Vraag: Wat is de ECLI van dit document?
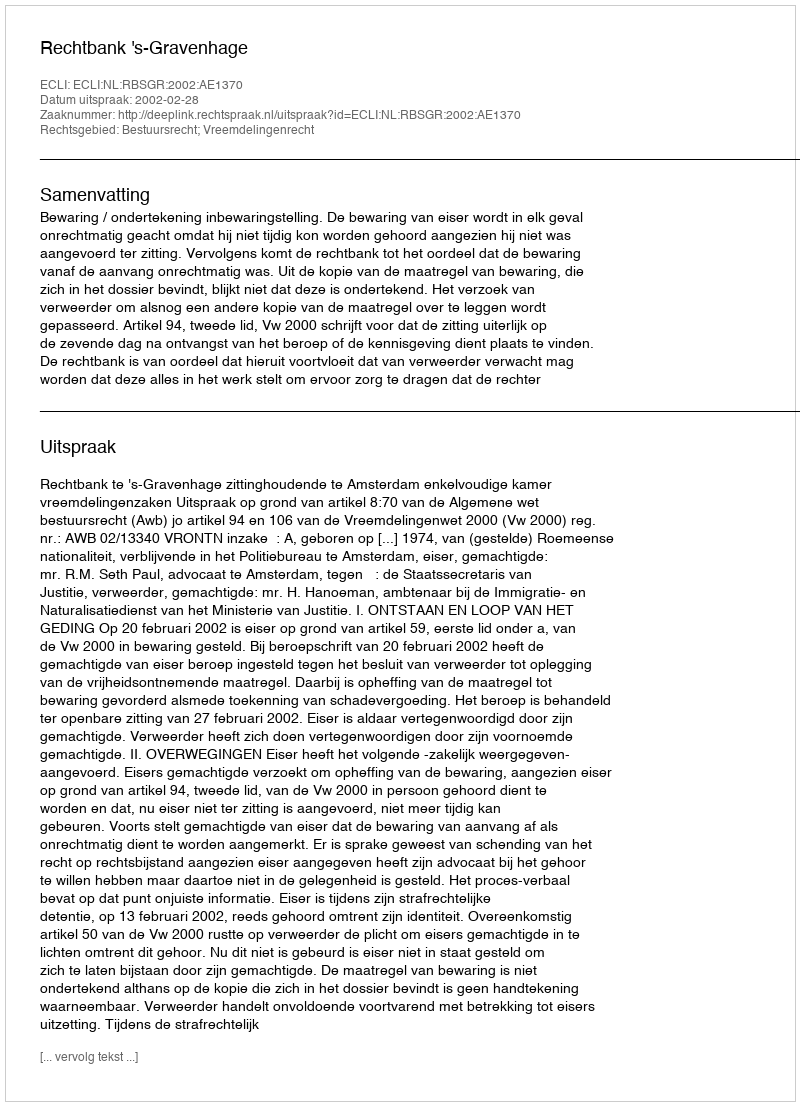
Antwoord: ECLI:NL:RBSGR:2002:AE1370